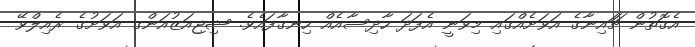
އެގޮތުން ޗަައިނާގެ އަވަށެއްގައި މިވަނީ އެފަދަ ހާދިސާއެއް ހިނގާފައެވެ. ޝިޖިއަޒުއަންގ އަވަށުގެ ރެއިލްވޭ